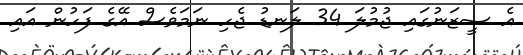
އެ ސީޒަނުގައި ޖުމުލަ 34 ލަނޑު ޖެހި ނަމަވެސް އޭގެ ފަހުން އައި